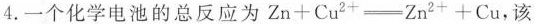
4.一个化学电池的总反应为$$Z n + C u ^{ 2 + } = Z n ^ { 2 + } + C u$$，该